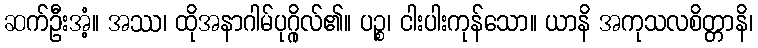
ဆက်ဦးအံ့။ အဿ၊ ထိုအနာဂါမ်ပုဂ္ဂိုလ်၏။ ပဉ္စ၊ ငါးပါးကုန်သော။ ယာနိ အကုသလစိတ္တာနိ၊